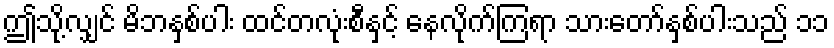
ဤသို့လျှင် မိဘနှစ်ပါး ထင်တလုံးစီနှင့် နေလိုက်ကြရာ သားတော်နှစ်ပါးသည် ၁၁